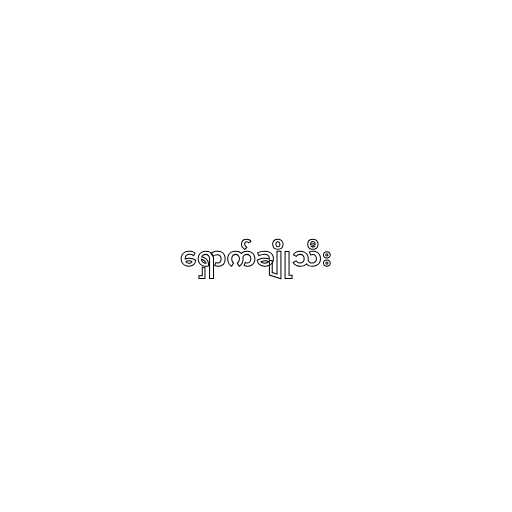
ရှောက်ချိုသီး